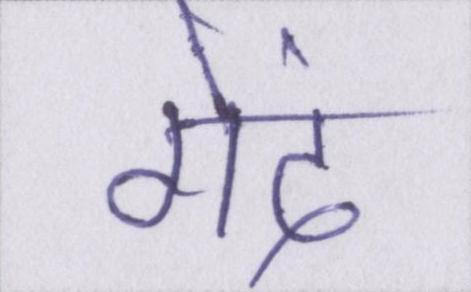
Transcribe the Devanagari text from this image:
गेंद